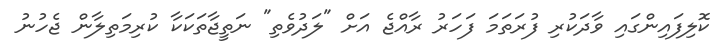
ކޮލިފައިންގައި ވާދަކުރި ފުރަތަމަ ފަހަރު ރާއްޖެ އަށް "ލަދުވެތި" ނަތީޖާތަކަކާ ކުރިމަތިލާން ޖެހުނު